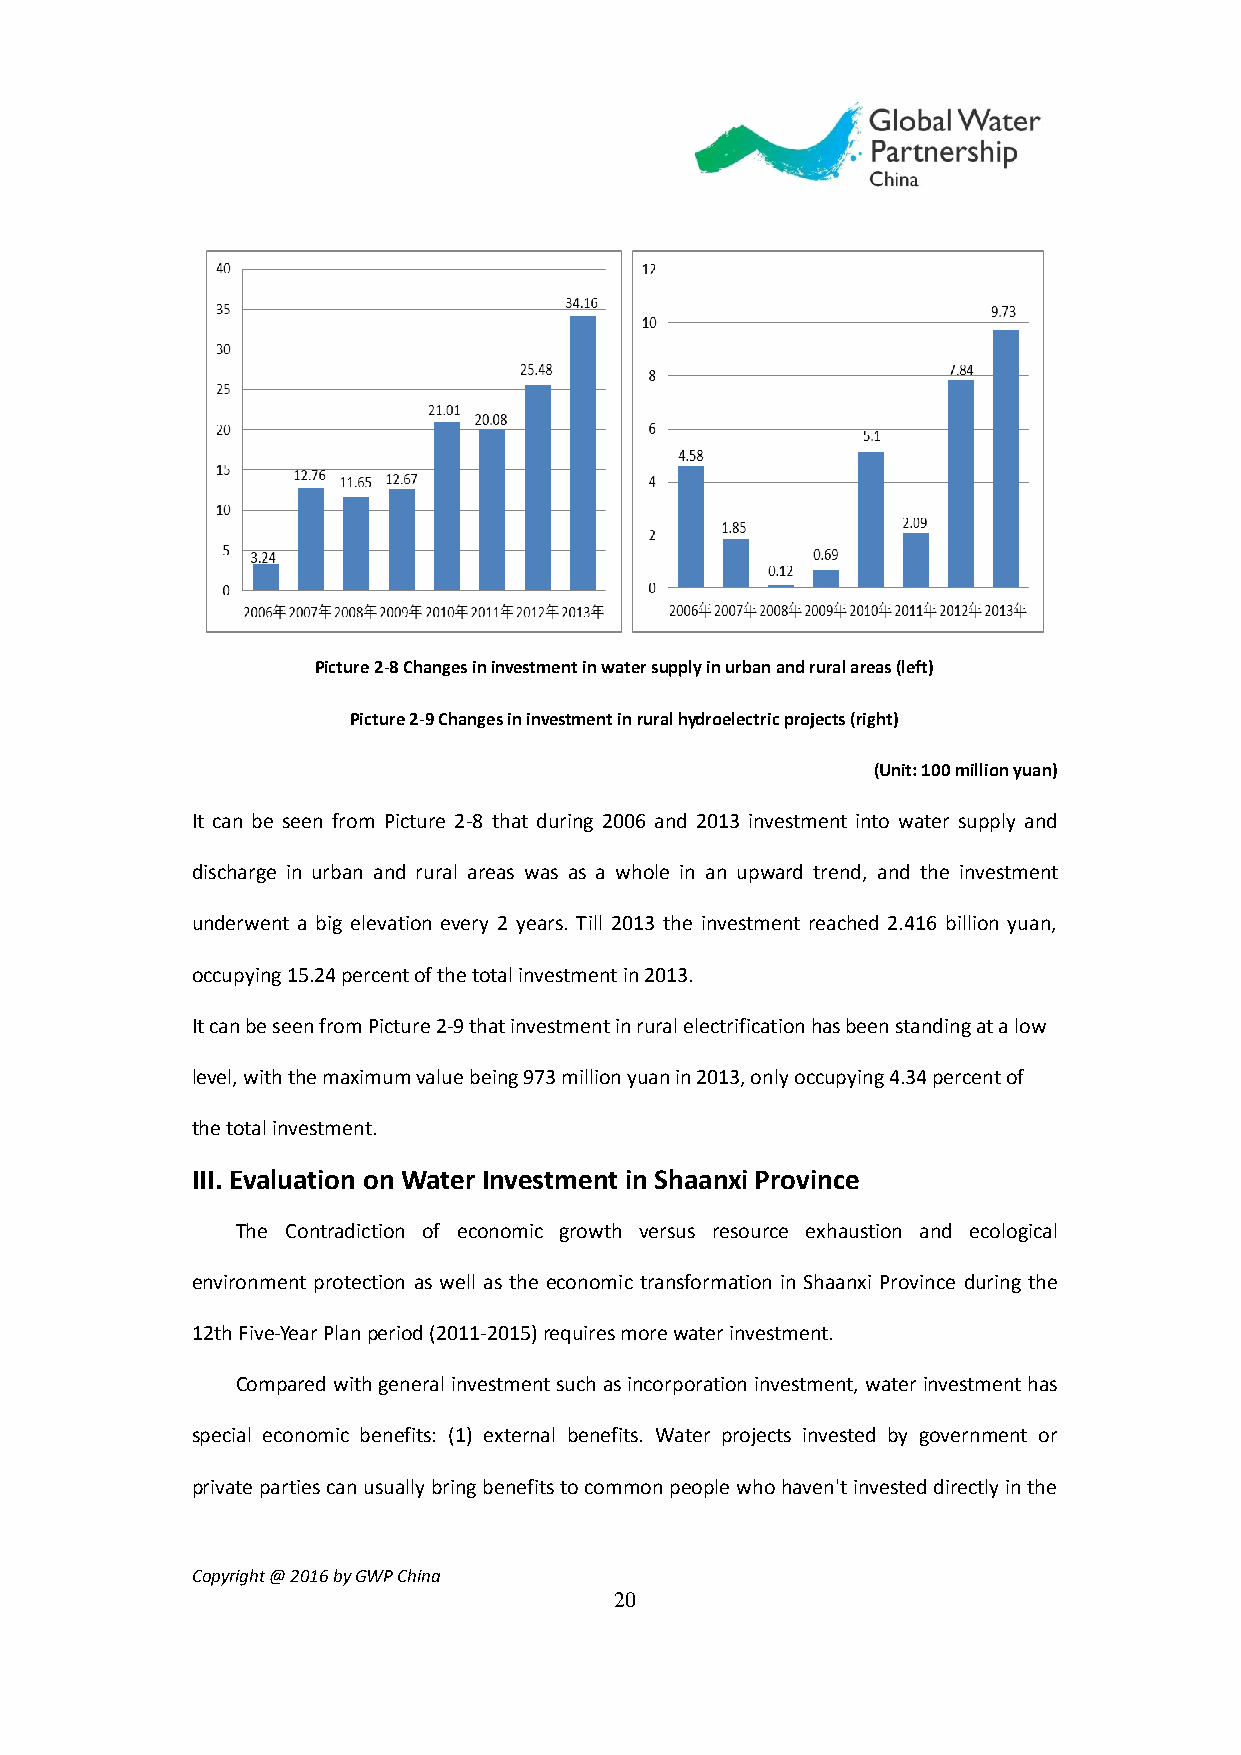
Picture 2-8 Changes in investment in water supply in urban and rural areas (left)
 Picture 2-9 Changes in investment in rural hydroelectric projects (right)
 (Unit: 100 million yuan)
 It can be seen from Picture 2-8 that during 2006 and 2013 investment into water supply and
 discharge in urban and rural areas was as a whole in an upward trend, and the investment
 underwent a big elevation every 2 years. Till 2013 the investment reached 2.416 billion yuan,
 occupying 15.24 percent of the total investment in 2013.
 It can be seen from Picture 2-9 that investment in rural electrification has been standing at a low
 level, with the maximum value being 973 million yuan in 2013, only occupying 4.34 percent of
 the total investment.
 III. Evaluation on Water Investment in Shaanxi Province
 The Contradiction of economic growth versus resource exhaustion and ecological
 environment protection as well as the economic transformation in Shaanxi Province during the
 12th Five-Year Plan period (2011-2015) requires more water investment.
 Compared with general investment such as incorporation investment, water investment has
 special economic benefits: (1) external benefits. Water projects invested by government or
 private parties can usually bring benefits to common people who haven't invested directly in the
 Copyright @ 2016 by GWP China
 20